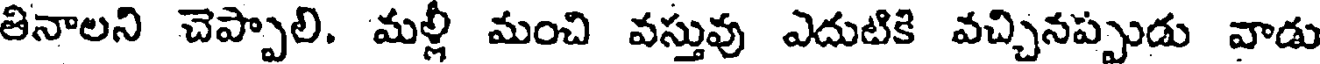
తినాలని చెప్పాలి. మళ్లీ మంచి వస్తువు ఎదుటికి వచ్చినప్పుడు వాడు